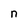
Character: n